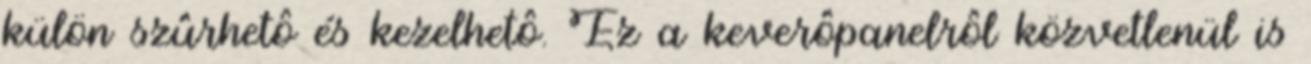
külön szûrhetô és kezelhetô. Ez a keverôpanelrôl közvetlenül is